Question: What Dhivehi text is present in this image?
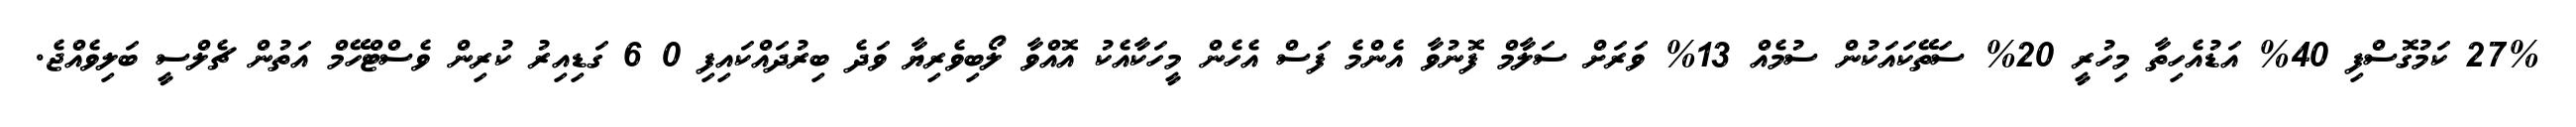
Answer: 27% ކަމުގޮސްފި 40% އަޑުއެހިތާ މިހުރީ 20% ސަތޭކައަކުން ސުމެއް 13% ވަރަށް ސަލާމް ފޮނުވާ އެންމެ ފަސް އެހެން މީހަކާއެކު އޮއްވާ ލޯބިވެރިޔާ ވަދެ ބިރުދައްކައިފި 0 6 ގަޑިއިރު ކުރިން ވެސްޓްހޭމް އަތުން ޗެލްސީ ބަލިވެއްޖެ.